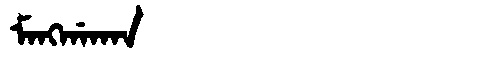
Manchu: ᠮᠠᠩᡤᠠᡴᠠᠨ
Romanization: MANGGAKAN